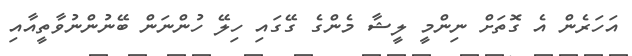
އަހަރެން އެ ގޮތަށް ނިންމީ ލީޝާ މެންގެ ގޭގައި ހިލޭ ހުންނަން ބޭނުންނުވާތީއާއި